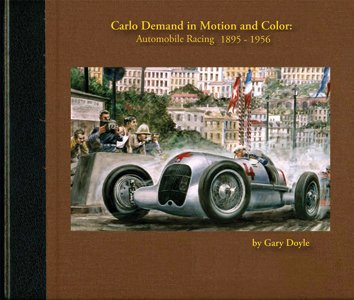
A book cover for Carlo Demand In Motion and Color: Automobile Racing 1895-1956; Gary D. Doyle; Engineering & Transportation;